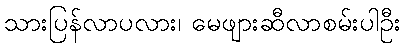
သားပြန်လာပလား၊ မေဖျားဆီလာစမ်းပါဦး